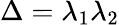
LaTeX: \Delta=\lambda_{1}\lambda_{2}